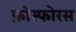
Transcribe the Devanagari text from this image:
फ़ोस्फोरस